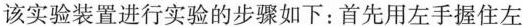
该实验装置进行实验的步骤如下：首先用左手握住左